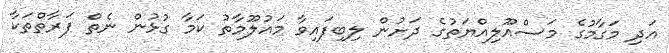
އަދި މަގާމުގެ މަސްއޫލިއްޔަތުގެ ދަށުން ލިބިފައިވާ މައުލޫމާތު ކަމާ ގުޅުން ނެތް ފަރާތްތަކާ